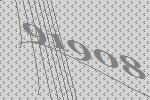
91908